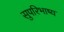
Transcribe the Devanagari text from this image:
सुपरिभाष्य